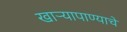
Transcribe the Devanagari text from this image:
खार्‍यापाण्याचे